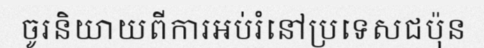
ចូរនិយាយពីការអប់រំនៅប្រទេសជប៉ុន